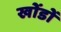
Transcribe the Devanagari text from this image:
खोंडों